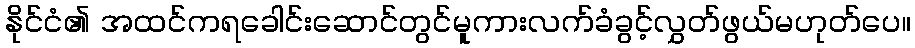
နိုင်ငံ၏ အထင်ကရခေါင်းဆောင်တွင်မူကားလက်ခံခွင့်လွှတ်ဖွယ်မဟုတ်ပေ။